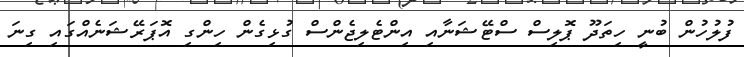
ފުލުހުން ބުނީ ހިތަދޫ ޕޮލިސް ސްޓޭޝަނާއި އިންޓެލިޖެންސް ގުޅިގެން ހިންގި އޮޕަރޭޝަނެއްގައި ގިނަ